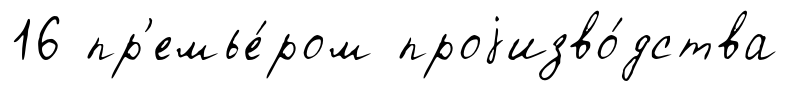
16 пр'емье́ром проjизво́дства